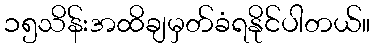
၁၅သိန်းအထိချမှတ်ခံရနိုင်ပါတယ်။